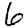
Digit: 6